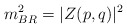
\begin{align*}m_{BR}^2 = \vert {Z(p,q)} \vert^2\end{align*}